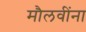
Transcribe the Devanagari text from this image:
मौलवींना